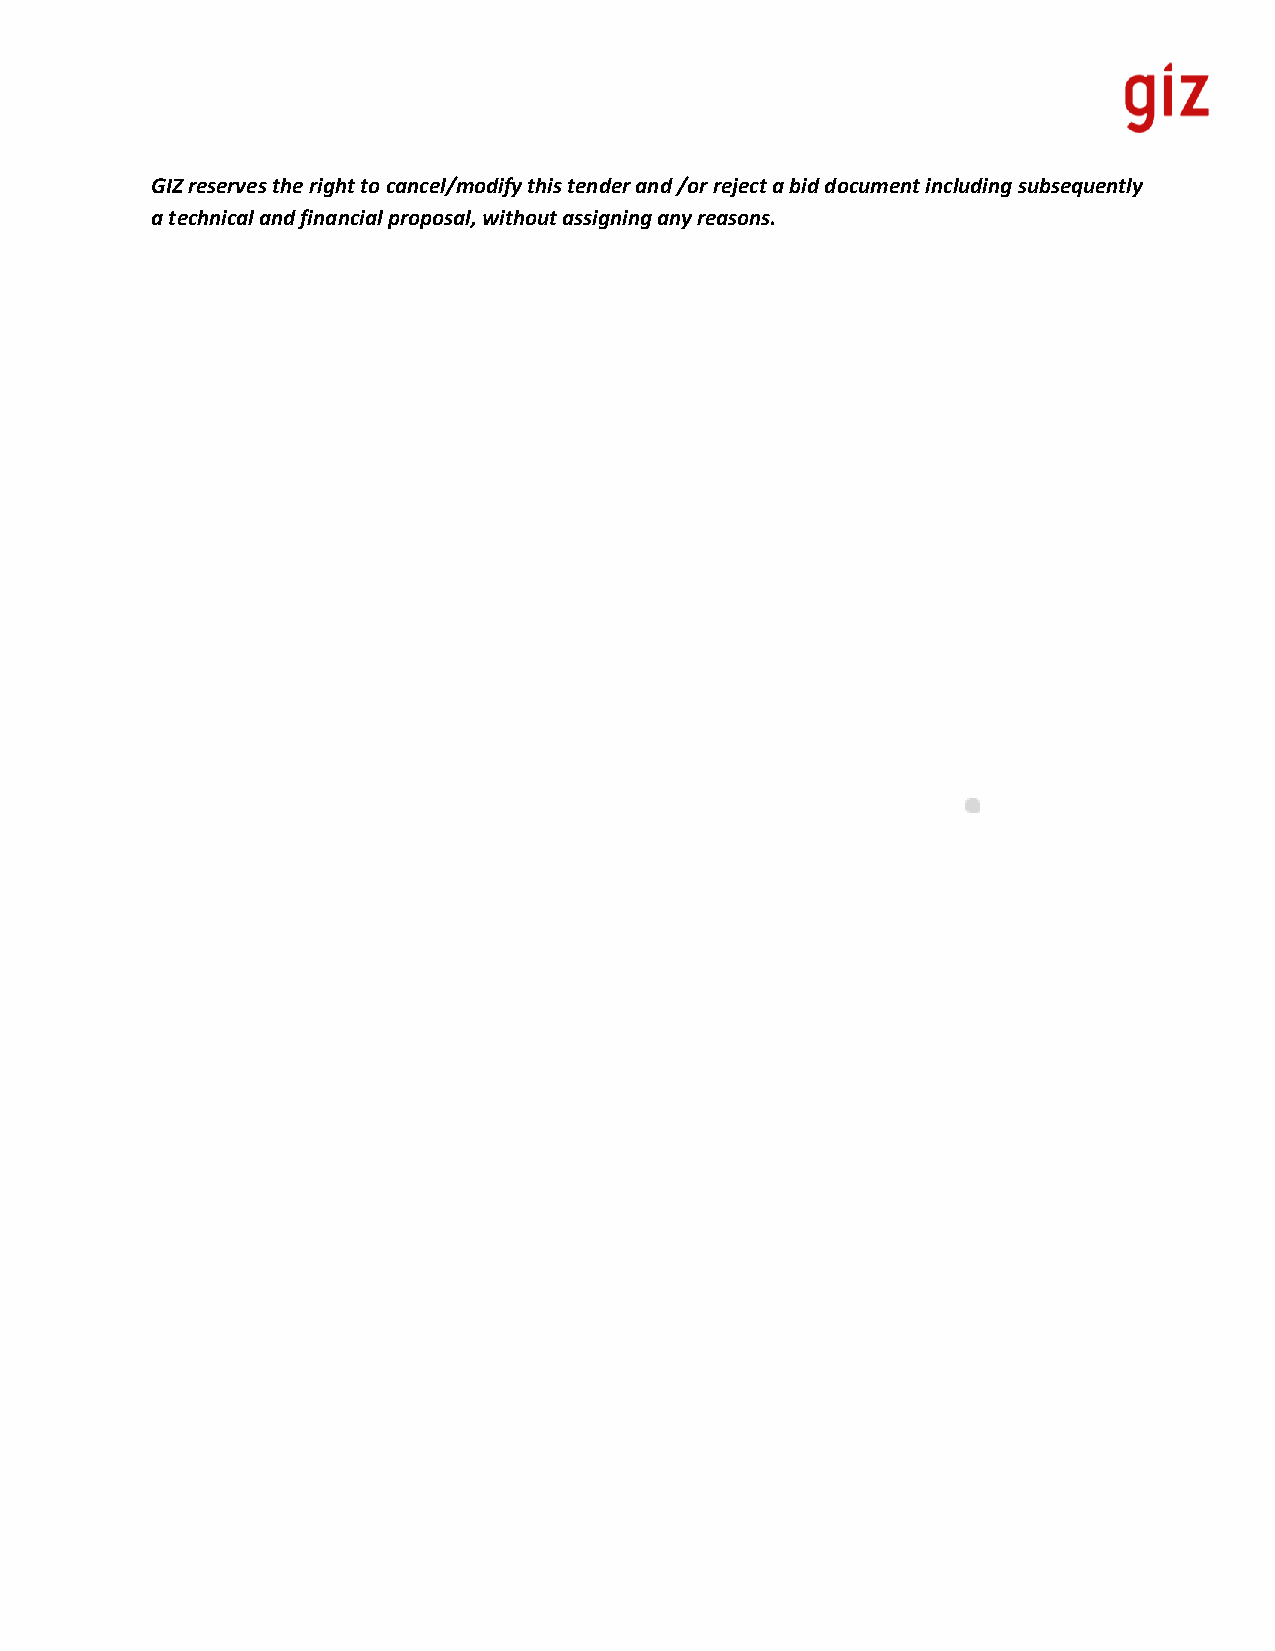
GIZ reserves the right to cancel/modify this tender and /or reject a bid document including subsequently
 a technical and financial proposal, without assigning any reasons.